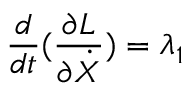
\frac { d } { d t } ( \frac { \partial L } { \partial \dot { X } } ) = \lambda _ { 1 }